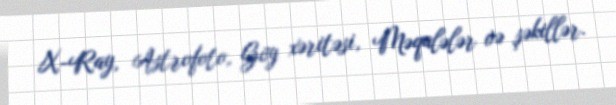
X-Ray, Astrofoto, Göy xəritəsi, Məqalələr və şəkillər.